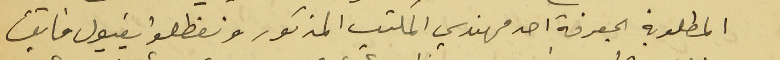
المطلوبة بمعرفة احد مهندسي المكتب المذكور وتفطلوا بقبول فايق